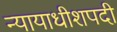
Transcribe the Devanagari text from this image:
न्यायाधीशपदी